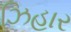
ઝિહાર